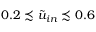
0 . 2 \precsim \tilde { u } _ { i n } \precsim 0 . 6